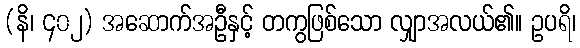
(နိ၊ ၄၀၂) အဆောက်အဦနှင့် တကွဖြစ်သော လျှာအလယ်၏။ ဥပရိ၊